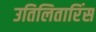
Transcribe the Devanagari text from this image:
उतिलितारिंस